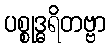
ပစ္စုဒ္ဓရိတဗ္ဗာ